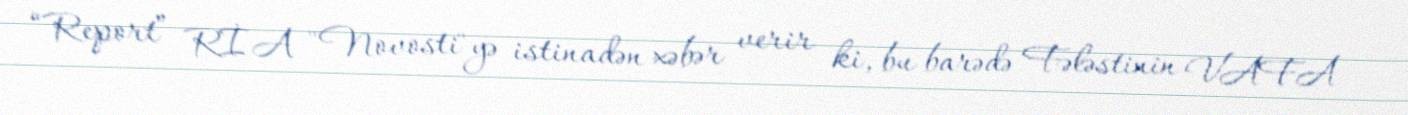
“Report” RİA "Novosti"yə istinadən xəbər verir ki, bu barədə Fələstinin VAFA